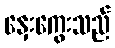
နှေးကွေးသည်